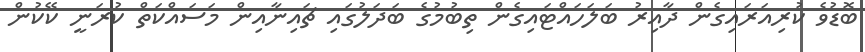
ބޮޑުވެ ކުރިއަރައިގެން ދާއިރު ބަލަހައްޓައިގެން ތިބުމުގެ ބަދަލުގައި ޗައިނާއިން މަސައްކަތް ކުރަނީ ކޭކުން